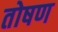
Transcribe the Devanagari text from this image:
तोषण